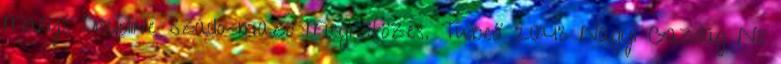
Marys Discipline Szado-mazo Megkötözés. Tube8 20:43 Nagyi Gazdag Nő